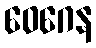
ဝေဂေန